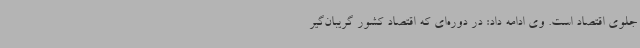
جلوی اقتصاد است. وی ادامه داد: در دوره‌ای که اقتصاد کشور گریبان‌گیر